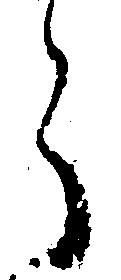
ら